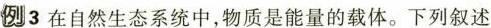
例3在自然生态系统中，物质是能量的载体。下列叙述